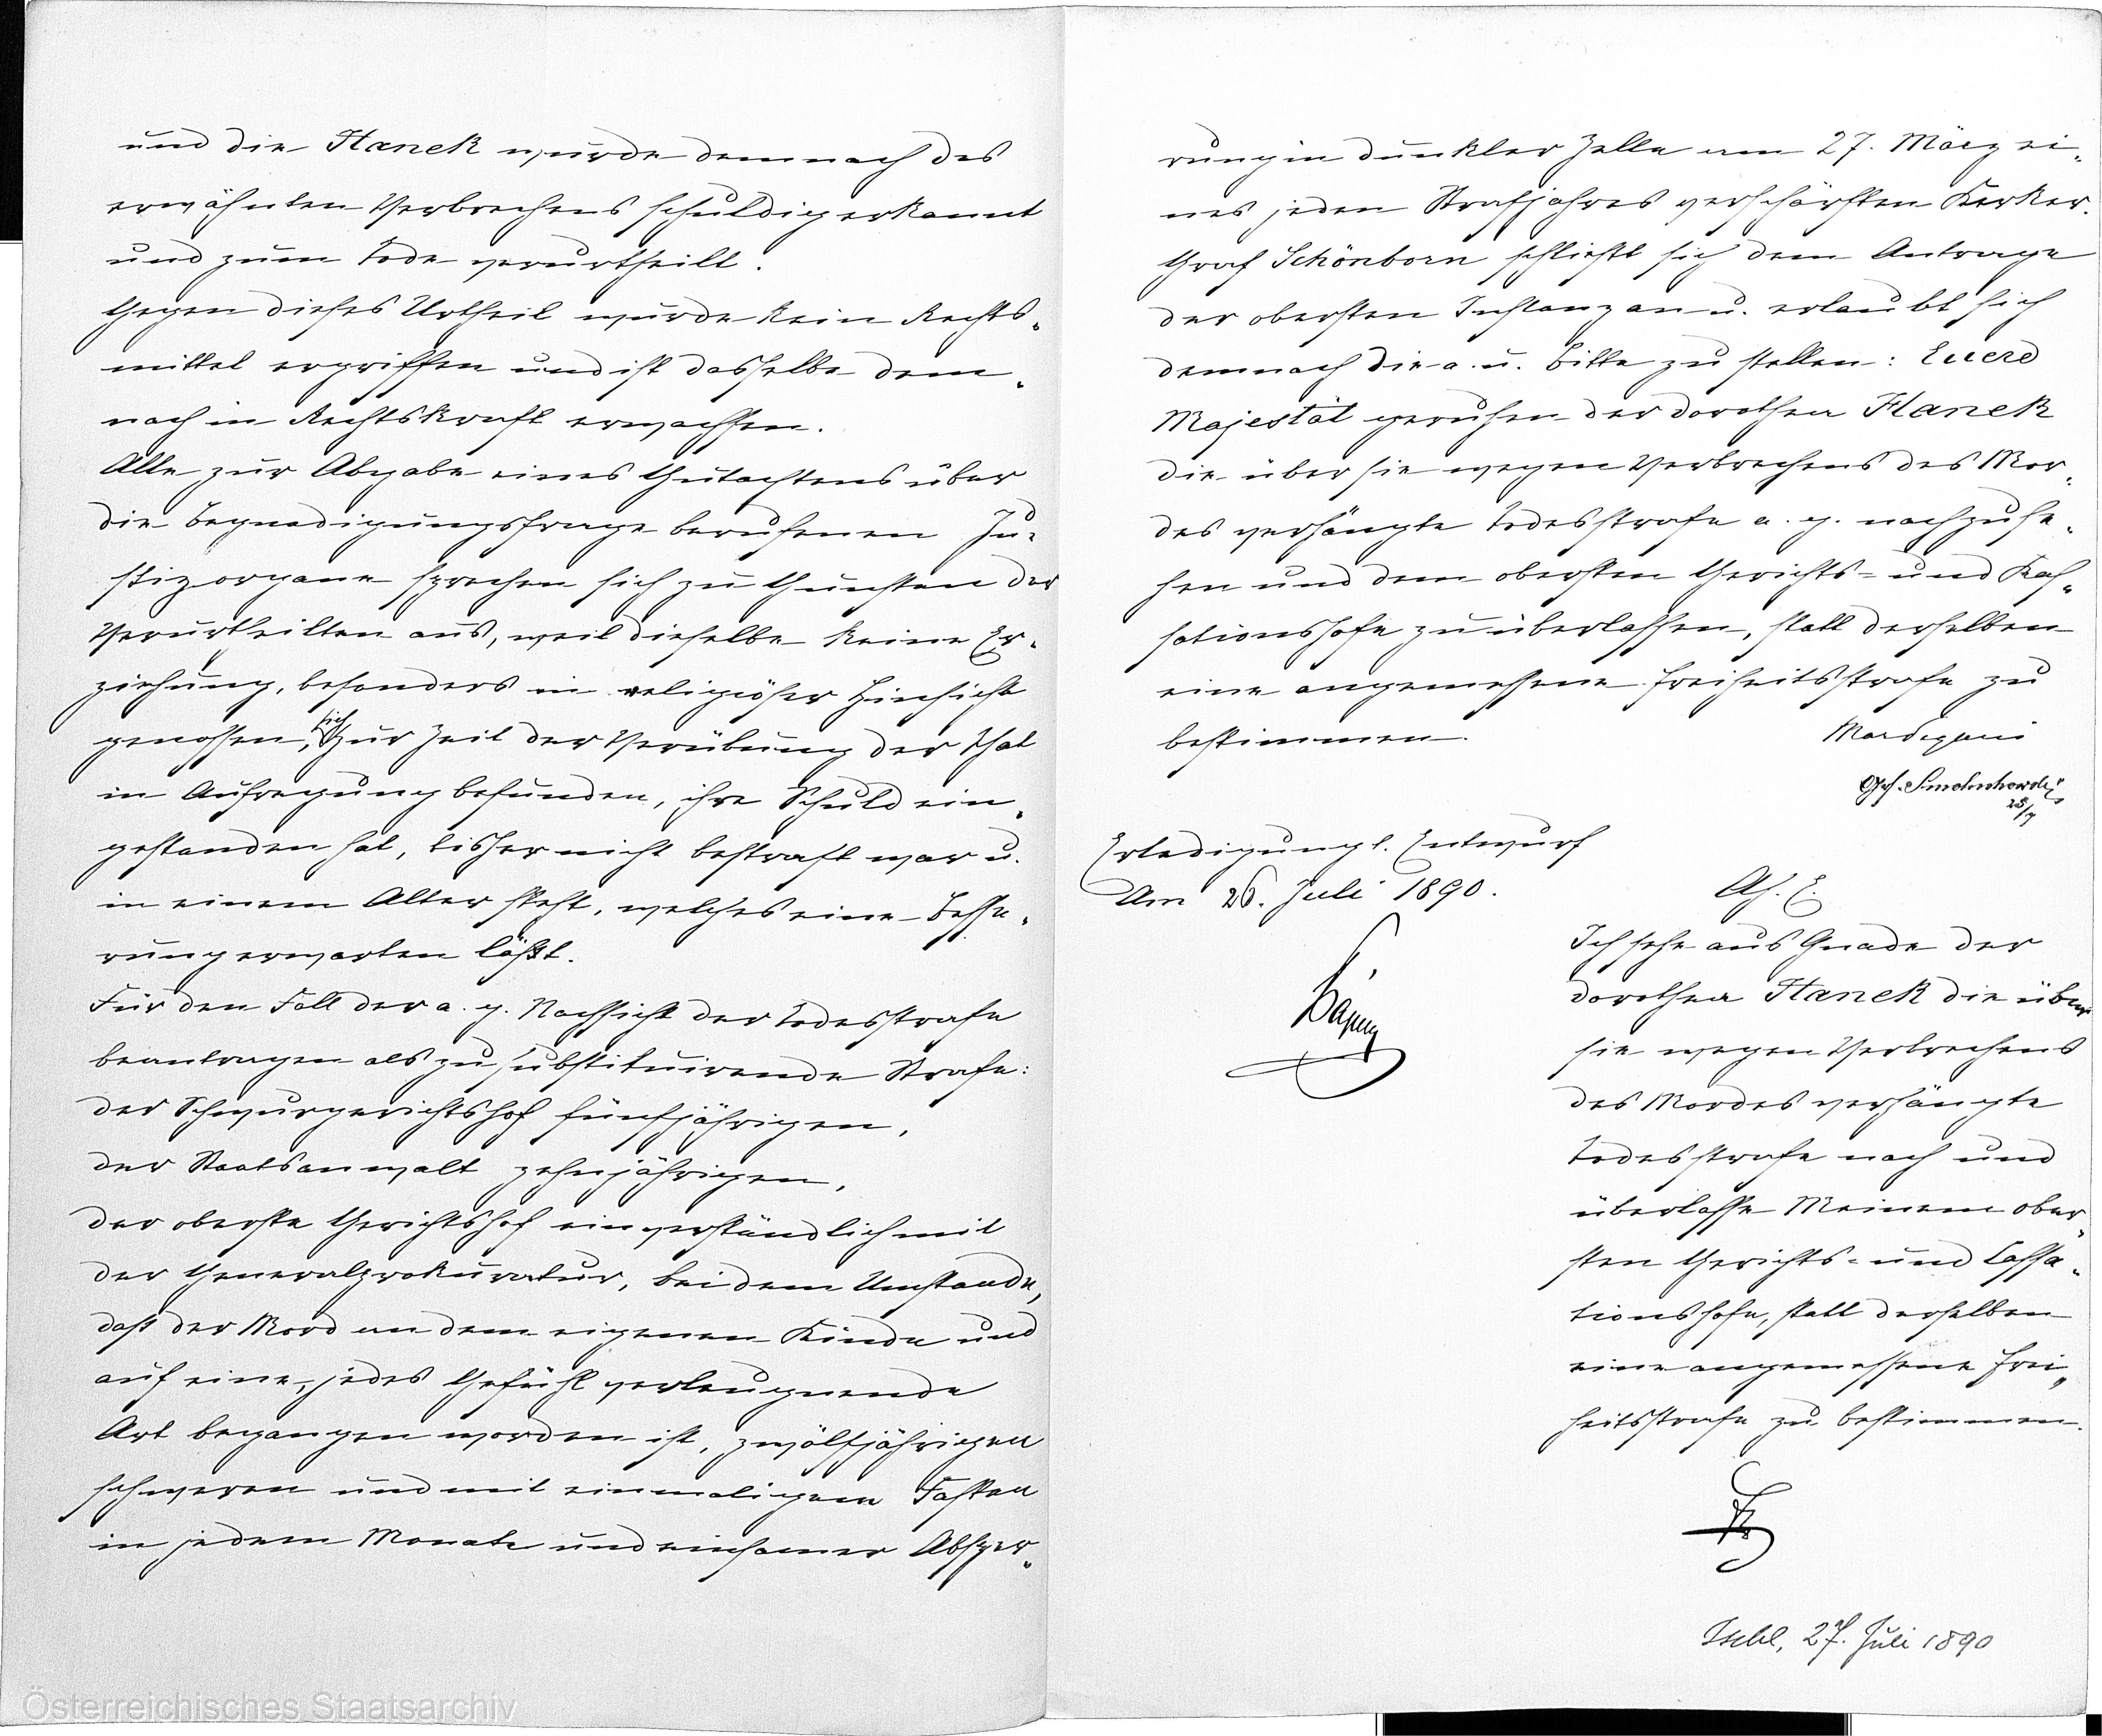
und die Hanek wurde demnach des
erwähnten Verbrechens schuldig erkannt
und zum Tode verurtheilt.
Gegen dieses Urtheil wurde kein Rechts¬
mittel ergriffen und ist dasselbe dem¬
nach in Rechtskraft erwachten.
Alle zur Abgabe eines Gutachtens über
die Begnadigungsfrage berufenen Ju¬
stizorgane sprechen sich zu Gunsten der
verurtheilten aus, weil dieselbe keine Er¬
ziehung, besonders in religiöser hinsicht
sich
genossen, zur Zeit der Verübung der That
in Aufragung befunden, ihre Schuld ein¬
gestanden hat, bisher nicht bestraft war u.
in einem Alter steht, welches eine Besse¬
rung erwarten läßt.
Für den Foll der a. g. Nachsicht der Todesstrafe
beantragen als zu substituirende Strafe:
der Schwurgerichtshof fünfjährigen,
der Staatsanwalt zehnjährigen,
der oberste Gerichtshof einverständlich mit
der Generalprokuratur, bei dem Umstande,
daß der Mord an dem eigenen Kinde und
auf eine, jedes Gefühl verleugnende
Art begangen worden ist, zwölfjährigen
schweren und mit einmaligem Fasten
in jedem Monate und einsamer Absper¬

rung in dunkler Zelle am 27. März ei¬
nes jeden Strafjahres verschärften Kerker.
Graf Schönborn schließt sie dem Antrage
der obersten Instanz an u. erlaubt sich
demnach die a. u. bitte zu stellen: Euere
Majestät geruhen der Dorothea Hanek
die über sie wegen Verbrechens des Mor¬
des verhängte Todesstrafe a. g. nachzuse¬
hen und dem obersten Gerichts- und Kas¬
sationshofe zu überlassen, statt derselben
eine angemessene Freiheitsstrafe zu
bestimmen.
Mord??
Ges. Schmolnchowski
25/7
Erledigung l. Entwurf
Am 26. Juli 1890.
xx
Ah. E.
Ich sehe aus Gnade der
Dorothea Hanek die über
sie wegen Verbrechens
des Mordes verhängte
Todesstrafe nach und
überlasse Meinem ober¬
sten Gerichts- und Cassa¬
tionssohn, statt derselben
eine angemessene Frei¬
heitsstrafe zu bestimmen.
xx
Ischl, 27. Juli 1890